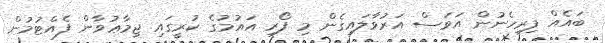
ބައެއް ފިރިހެނުން އަވަސް އަރުވާލައިގެން މި ފޯރި އައުމުގެ ކުރީގައި ޖިމާޢުވާން ފެއްޓުމުން